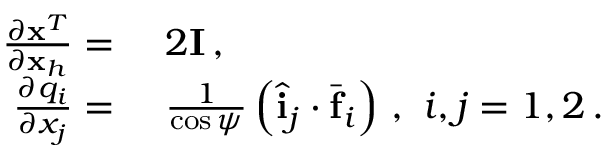
\begin{array} { r l } { \frac { \partial { \bf x } ^ { T } } { \partial { \bf x } _ { h } } = \ } & { { } 2 { \bf I } \, , } \\ { \frac { \partial q _ { i } } { \partial x _ { j } } = \ } & { { } \frac { 1 } { \cos \psi } \left( \hat { \bf i } _ { j } \cdot \bar { \bf f } _ { i } \right) \, , \ i , j = 1 , 2 \, . } \end{array}